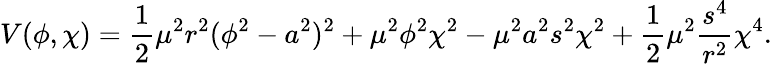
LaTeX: V(\phi,\chi)=\frac{1}{2}\mu^{2}r^{2}(\phi^{2}-a^{2})^{2}+\mu^{2}\phi^{2}\chi^{2}-\mu^{2}a^{2}s^{2}\chi^{2}+\frac{1}{2}\mu^{2}\frac{s^{4}}{r^{2}}\chi^{4}.